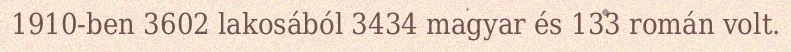
1910-ben 3602 lakosából 3434 magyar és 133 román volt.